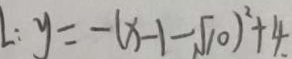
: y = - ( x - 1 - \sqrt { 1 0 } ) ^ { 2 } + 4 .